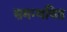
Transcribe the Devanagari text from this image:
समन्यवित